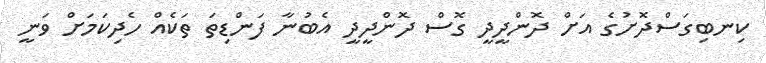
ކިނބިގަސްދޮށުގެ އަށް ދޮންދީދީ ގޮސް ދޮންދީދީ އެބުނާ ފަންޑިތަ ތަކެއް ހެދިކަމަށް ވަނީ